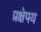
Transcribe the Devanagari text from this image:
प्रक्षेपय